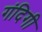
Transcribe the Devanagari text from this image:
गंदिगी